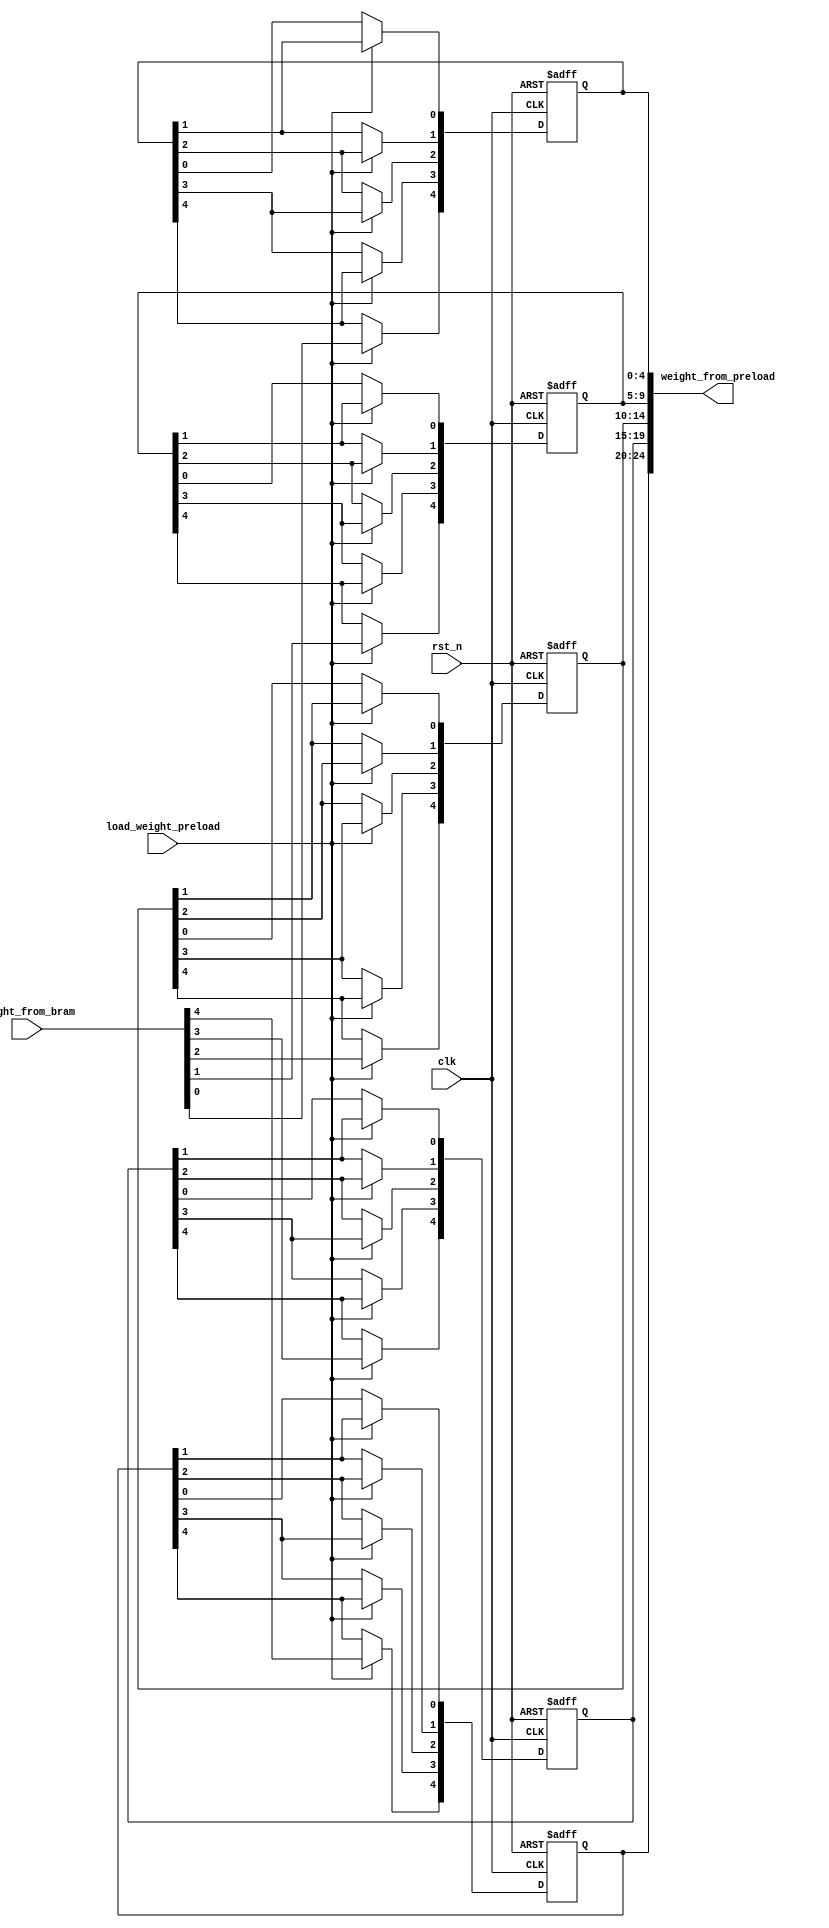
// This program was cloned from: https://github.com/space789/BNN-Hardware-accelerator
// License: MIT License

/*
	module  weight_preload

	input   weight_from_BRAMControl Signal

	output  weight_from_preload
	
	BRAMaddresscolumnALUcolumnBRAMweightALU
    load_weight_preloadweight_reg
*/
`timescale  10ns / 10ns

module weight_preload 
(
    //golbal
    input wire clk,
    input wire rst_n,

    //data
    input wire [5-1:0] weight_from_bram,
    
    output wire [25-1:0] weight_from_preload,

    //control
    input wire load_weight_preload

);
    reg [4:0] weight_reg_0,weight_reg_1,weight_reg_2,weight_reg_3,weight_reg_4;

    assign weight_from_preload={weight_reg_4[4:0],weight_reg_3[4:0],weight_reg_2[4:0],weight_reg_1[4:0],weight_reg_0[4:0]};


    always @(posedge clk or negedge rst_n) begin
        if(!rst_n) begin
            weight_reg_0<=0;
        end
        else begin
            if(load_weight_preload) begin
                weight_reg_0[4]<=weight_from_bram[0];
                weight_reg_0[3]<=weight_reg_0[4];
                weight_reg_0[2]<=weight_reg_0[3];
                weight_reg_0[1]<=weight_reg_0[2];
                weight_reg_0[0]<=weight_reg_0[1];   
            end
        end
    end

    always @(posedge clk or negedge rst_n) begin
        if(!rst_n) begin
            weight_reg_1<=0;
        end
        else begin
            if(load_weight_preload) begin
                weight_reg_1[4]<=weight_from_bram[1];
                weight_reg_1[3]<=weight_reg_1[4];
                weight_reg_1[2]<=weight_reg_1[3];
                weight_reg_1[1]<=weight_reg_1[2];
                weight_reg_1[0]<=weight_reg_1[1]; 
            end
        end
    end

    always @(posedge clk or negedge rst_n) begin
        if(!rst_n) begin
            weight_reg_2<=0;
        end
        else begin
            if(load_weight_preload) begin
                weight_reg_2[4]<=weight_from_bram[2];
                weight_reg_2[3]<=weight_reg_2[4];
                weight_reg_2[2]<=weight_reg_2[3];
                weight_reg_2[1]<=weight_reg_2[2];
                weight_reg_2[0]<=weight_reg_2[1]; 
            end
        end
    end

    always @(posedge clk or negedge rst_n) begin
        if(!rst_n) begin
            weight_reg_3<=0;
        end
        else begin
            if(load_weight_preload) begin
                weight_reg_3[4]<=weight_from_bram[3];
                weight_reg_3[3]<=weight_reg_3[4];
                weight_reg_3[2]<=weight_reg_3[3];
                weight_reg_3[1]<=weight_reg_3[2];
                weight_reg_3[0]<=weight_reg_3[1]; 
            end
        end
    end

    always @(posedge clk or negedge rst_n) begin
            if(!rst_n) begin
            weight_reg_4<=0;
        end
        else begin
            if(load_weight_preload) begin
                weight_reg_4[4]<=weight_from_bram[4];
                weight_reg_4[3]<=weight_reg_4[4];
                weight_reg_4[2]<=weight_reg_4[3];
                weight_reg_4[1]<=weight_reg_4[2];
                weight_reg_4[0]<=weight_reg_4[1]; 
            end
        end
    end


endmodule